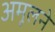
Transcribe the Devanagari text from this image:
अमूलने